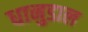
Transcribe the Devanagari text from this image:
धानुडाल